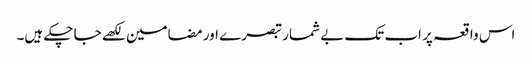
اس واقعہ پر اب تک بے شمار تبصرے اور مضامین لکھے جا چکے ہیں۔